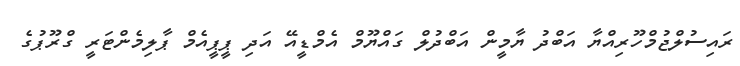
ރައިސުލްޖުމްހޫރިއްޔާ އަބްދު ޔާމީން އަބްދުލް ގައްޔޫމް އެމްޑީއޭ އަދި ޕީޕީއެމް ޕާލިމެންޓަރީ ގްރޫޕުގެ